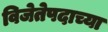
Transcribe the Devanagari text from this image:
विजेतेपदाच्या